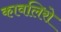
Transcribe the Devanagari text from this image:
कावलिरो